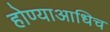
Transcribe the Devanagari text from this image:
होण्याआधिच